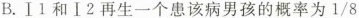
B.Ⅰl和Ⅰ2再生一个患该病男孩的概率为\frac{1}{8}